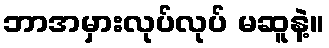
ဘာအမှားလုပ်လုပ် မဆူနဲ့။